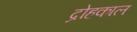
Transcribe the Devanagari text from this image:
द्रोहकाल